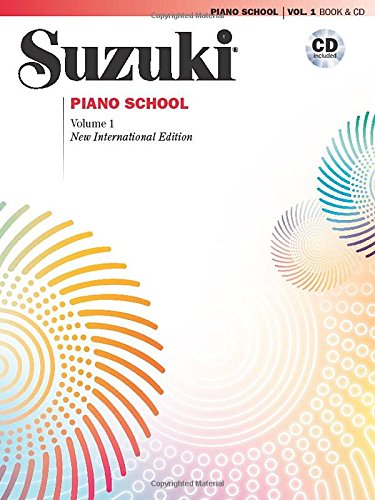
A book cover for Suzuki Piano School, Vol. 1; Shinichi Suzuki; Humor & Entertainment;